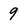
Character: 9